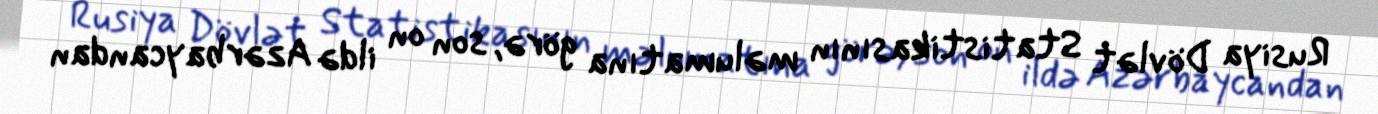
Rusiya Dövlət Statistikasının məlumatına görə, son on ildə Azərbaycandan